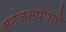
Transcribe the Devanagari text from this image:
समंजसपणाने